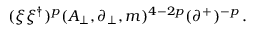
( \xi \xi ^ { \dagger } ) ^ { p } ( A _ { \perp } , \partial _ { \perp } , m ) ^ { 4 - 2 p } ( \partial ^ { + } ) ^ { - p } \, .